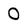
Character: O